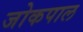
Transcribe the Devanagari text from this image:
जोकपाल